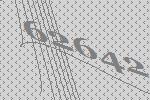
62642